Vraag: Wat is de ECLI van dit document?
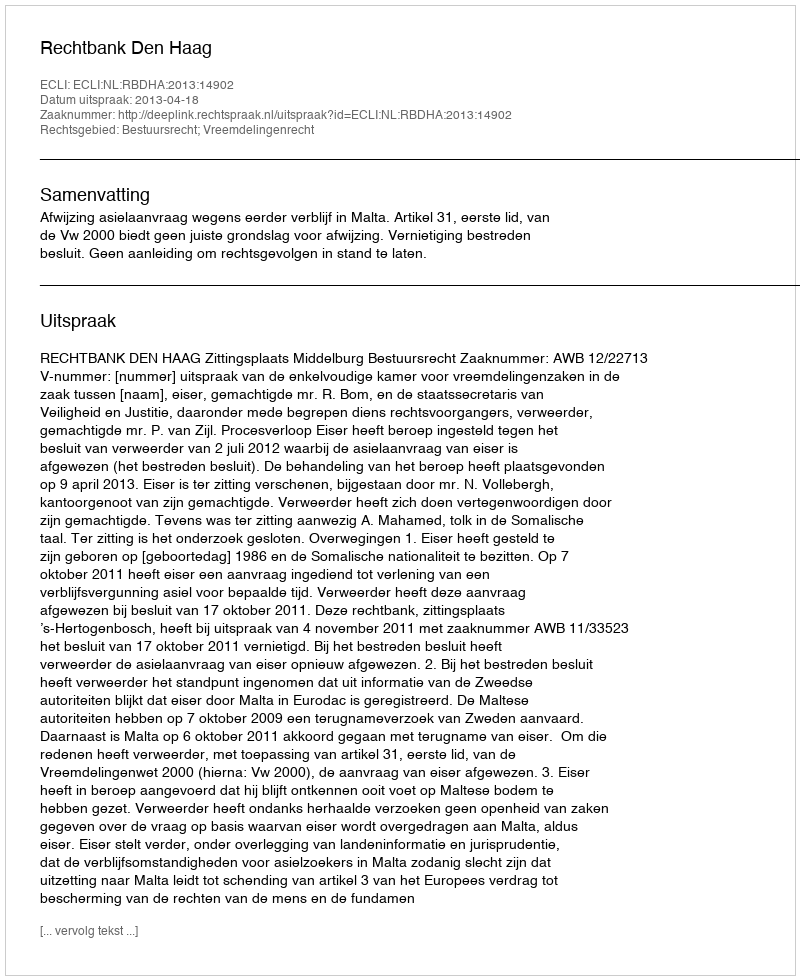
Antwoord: ECLI:NL:RBDHA:2013:14902